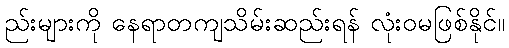
ည်းများကို နေရာတကျသိမ်းဆည်းရန် လုံးဝမဖြစ်နိုင်။